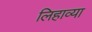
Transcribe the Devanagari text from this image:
लिहाव्या